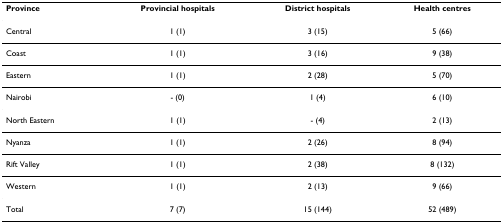
| Province | Provincial hospitals | District hospitals | Health centres |
 | --- | --- | --- | --- |
 | Central | 1 (1) | 3 (15) | 5 (66) |
 | Coast | 1 (1) | 3 (16) | 9 (38) |
 | Eastern | 1 (1) | 2 (28) | 5 (70) |
 | Nairobi | - (0) | 1 (4) | 6 (10) |
 | North Eastern | 1 (1) | - (4) | 2 (13) |
 | Nyanza | 1 (1) | 2 (26) | 8 (94) |
 | Rift Valley | 1 (1) | 2 (38) | 8 (132) |
 | Western | 1 (1) | 2 (13) | 9 (66) |
 | Total | 7 (7) | 15 (144) | 52 (489) |